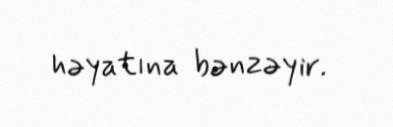
həyatına bənzəyir.